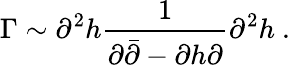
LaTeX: \Gamma\sim\partial^{2}h\frac{1}{\partial\bar{\partial}-\partial h\partial}\partial^{2}h\ .